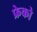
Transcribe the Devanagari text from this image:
फ्रेको